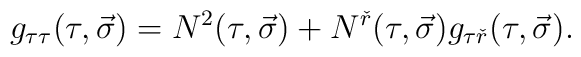
g_{\tau\tau}(\tau,\vec{\sigma})=N^2(\tau,\vec{\sigma})+N^{\check{r}}(\tau,\vec{\sigma}) g_{\tau\check{r}}(\tau,\vec{\sigma}).